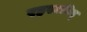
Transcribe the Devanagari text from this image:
रहस्यविद्